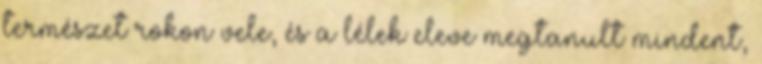
természet rokon vele, és a lélek eleve megtanult mindent,